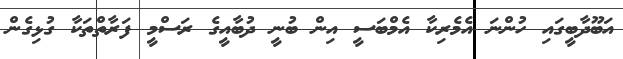
އަބޫދާބީގައި ހުންނަ އެމެރިކާ އެމްބަސީ އިން ބުނީ ދުބާއީގެ ރަސްމީ ފަރާތްތަކާ ގުޅިގެން